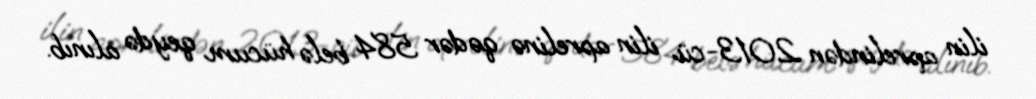
ilin aprelindən 2013-cü ilin aprelinə qədər 584 belə hücum qeydə alınıb.